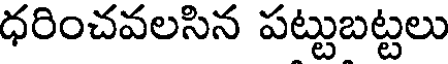
ధరించవలసిన పట్టుబట్టలు